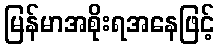
မြန်မာအစိုးရအနေဖြင့်